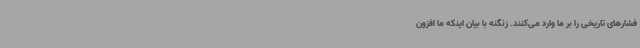
فشارهای تاریخی را بر ما وارد می‌کنند. زنگنه با بیان اینکه ما افزون